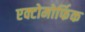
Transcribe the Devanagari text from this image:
एक्टोमोर्फिक